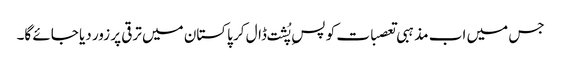
جس میں اب مذہبی تعصبات کو پسِ پُشت ڈال کر پاکستان میں ترقی پر زور دیا جائے گا۔